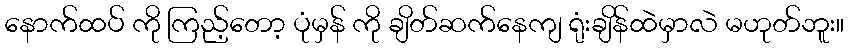
နောက်ထပ် ကို ကြည့်တော့ ပုံမှန် ကို ချိတ်ဆက်နေကျ ရုံးချိန်ထဲမှာလဲ မဟုတ်ဘူး။